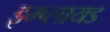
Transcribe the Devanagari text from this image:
इम्प्लायड